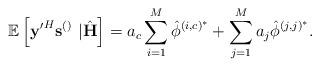
LaTeX: \begin{align*} \mathbb{E}\left[\mathbf{y'}^H\mathbf{s}^{\left(\right)}\right.&\left.|\hat{\mathbf{H}}\right]=a_c\sum_{i=1}^M\hat{\phi}^{\left(i,c\right)^*}+\sum_{j=1}^{M}a_j\hat{\phi}^{\left(j,j\right)^*}.\end{align*}